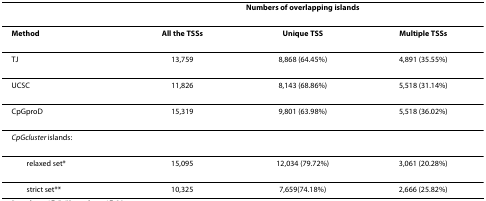
|  | <COLSPAN=3> Numbers of overlapping islands |
 | --- | --- | --- | --- |
 | Method | All the TSSs | Unique TSS | Multiple TSSs |
 | TJ | 13,759 | 8,868 (64.45%) | 4,891 (35.55%) |
 | UCSC | 11,826 | 8,143 (68.86%) | 5,518 (31.14%) |
 | CpGproD | 15,319 | 9,801 (63.98%) | 5,518 (36.02%) |
 | <COLSPAN=4> CpGcluster islands: |
 | relaxed set* | 15,095 | 12,034 (79.72%) | 3,061 (20.28%) |
 | strict set** | 10,325 | 7,659(74.18%) | 2,666 (25.82%) |